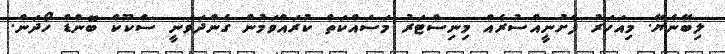
ލިބޭނެޔޭ. މިއަހަރު ފެށުނީއްސުރެއް މިނިސްޓަރު މަސައްކަތް ކުރައްވަމުން ގެންދަވަނީ ސްކޫކް ބޮންޑް ހޯދަން.